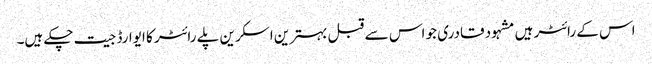
اس کے رائٹر ہیں مشہود قادری جو اس سے قبل بہترین اسکرین پلے رائٹر کا ایوارڈ جیت چکے ہیں۔